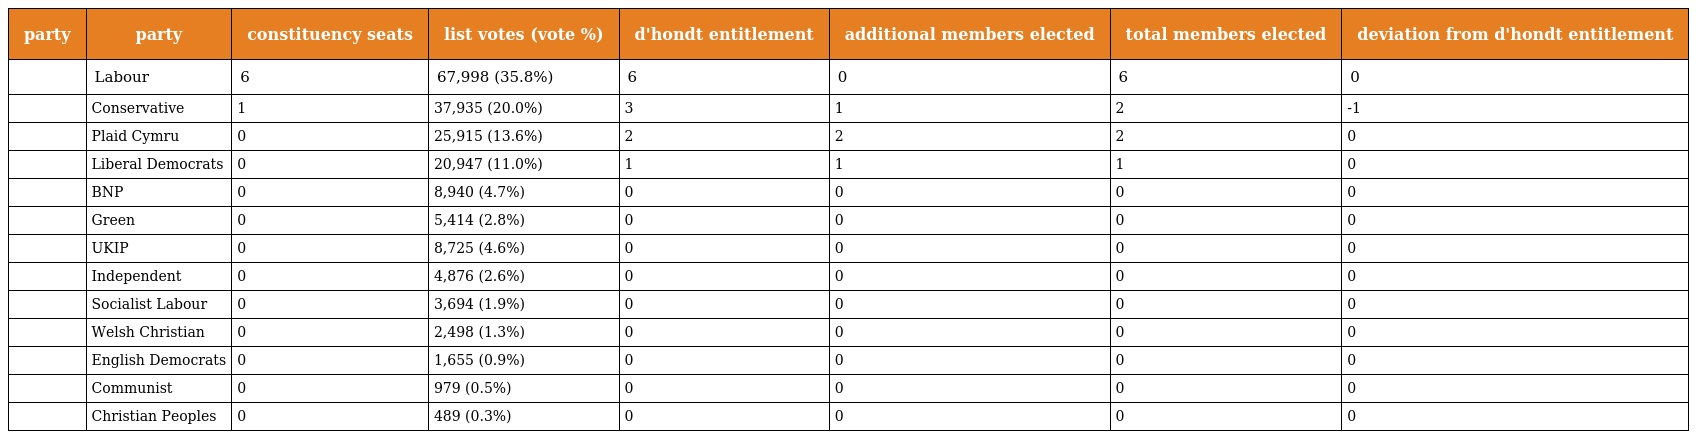
| party | party | constituency seats | list votes (vote %) | d'hondt entitlement | additional members elected | total members elected | deviation from d'hondt entitlement |
 | --- | --- | --- | --- | --- | --- | --- | --- |
 |  | Labour | 6 | 67,998 (35.8%) | 6 | 0 | 6 | 0 |
 |  | Conservative | 1 | 37,935 (20.0%) | 3 | 1 | 2 | -1 |
 |  | Plaid Cymru | 0 | 25,915 (13.6%) | 2 | 2 | 2 | 0 |
 |  | Liberal Democrats | 0 | 20,947 (11.0%) | 1 | 1 | 1 | 0 |
 |  | BNP | 0 | 8,940 (4.7%) | 0 | 0 | 0 | 0 |
 |  | Green | 0 | 5,414 (2.8%) | 0 | 0 | 0 | 0 |
 |  | UKIP | 0 | 8,725 (4.6%) | 0 | 0 | 0 | 0 |
 |  | Independent | 0 | 4,876 (2.6%) | 0 | 0 | 0 | 0 |
 |  | Socialist Labour | 0 | 3,694 (1.9%) | 0 | 0 | 0 | 0 |
 |  | Welsh Christian | 0 | 2,498 (1.3%) | 0 | 0 | 0 | 0 |
 |  | English Democrats | 0 | 1,655 (0.9%) | 0 | 0 | 0 | 0 |
 |  | Communist | 0 | 979 (0.5%) | 0 | 0 | 0 | 0 |
 |  | Christian Peoples | 0 | 489 (0.3%) | 0 | 0 | 0 | 0 |